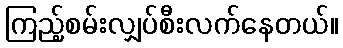
ကြည့်စမ်းလျှပ်စီးလက်နေတယ်။